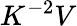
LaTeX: K^{-2}V